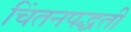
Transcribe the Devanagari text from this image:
चिंतनपद्धती